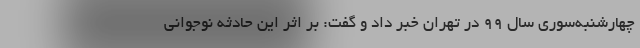
چهارشنبه‌سوری سال ۹۹ در تهران خبر داد و گفت: بر اثر این حادثه نوجوانی